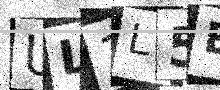
Text: UL1L5E